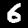
Digit: 6